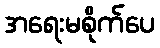
အရေးမစိုက်ပေ